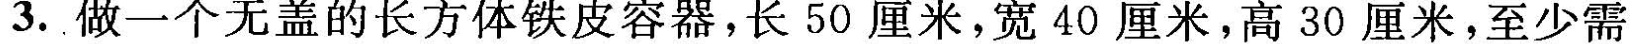
3.做一个无盖的长方体铁皮容器，长50厘米，宽40厘米，高30厘米，至少需